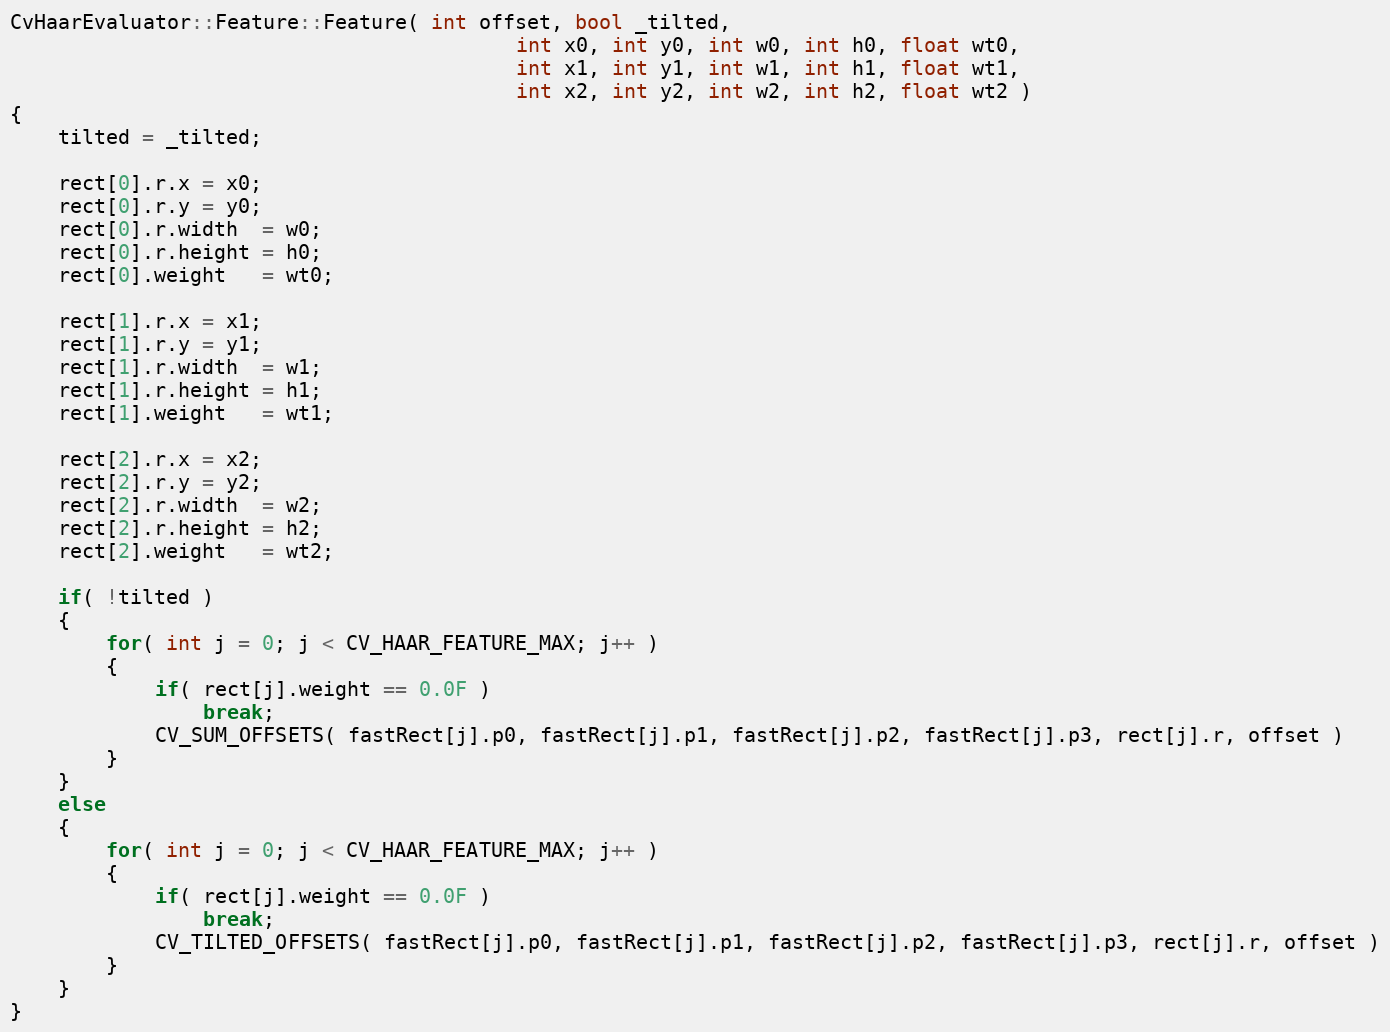
Language: C++
CvHaarEvaluator::Feature::Feature( int offset, bool _tilted,
                                          int x0, int y0, int w0, int h0, float wt0,
                                          int x1, int y1, int w1, int h1, float wt1,
                                          int x2, int y2, int w2, int h2, float wt2 )
{
    tilted = _tilted;

    rect[0].r.x = x0;
    rect[0].r.y = y0;
    rect[0].r.width  = w0;
    rect[0].r.height = h0;
    rect[0].weight   = wt0;

    rect[1].r.x = x1;
    rect[1].r.y = y1;
    rect[1].r.width  = w1;
    rect[1].r.height = h1;
    rect[1].weight   = wt1;

    rect[2].r.x = x2;
    rect[2].r.y = y2;
    rect[2].r.width  = w2;
    rect[2].r.height = h2;
    rect[2].weight   = wt2;

    if( !tilted )
    {
        for( int j = 0; j < CV_HAAR_FEATURE_MAX; j++ )
        {
            if( rect[j].weight == 0.0F )
                break;
            CV_SUM_OFFSETS( fastRect[j].p0, fastRect[j].p1, fastRect[j].p2, fastRect[j].p3, rect[j].r, offset )
        }
    }
    else
    {
        for( int j = 0; j < CV_HAAR_FEATURE_MAX; j++ )
        {
            if( rect[j].weight == 0.0F )
                break;
            CV_TILTED_OFFSETS( fastRect[j].p0, fastRect[j].p1, fastRect[j].p2, fastRect[j].p3, rect[j].r, offset )
        }
    }
}